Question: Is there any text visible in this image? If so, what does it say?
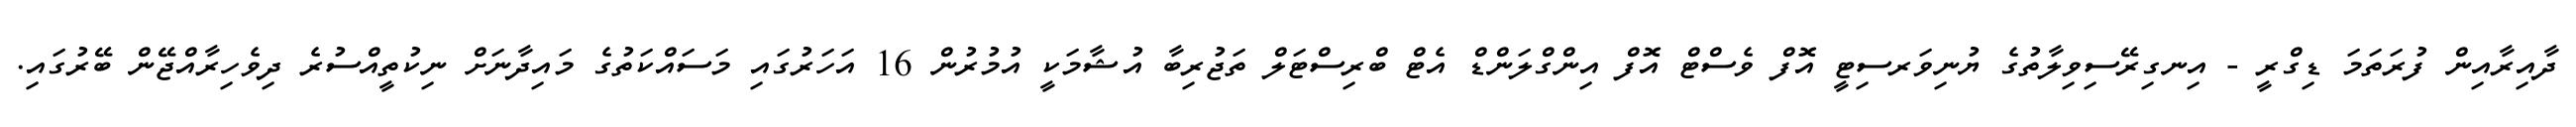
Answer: ދާއިރާއިން ފުރަތަމަ ޑިގްރީ - އިނގިރޭސިވިލާތުގެ ޔުނިވަރސިޓީ އޮފް ވެސްޓް އޮފް އިންގްލަންޑް އެޓް ބްރިސްޓަލް ތަޖުރިބާ އުޝާމަކީ އުމުރުން 16 އަހަރުގައި މަސައްކަތުގެ މައިދާނަށް ނިކުތީއްސުރެ ދިވެހިރާއްޖޭން ބޭރުގައި.